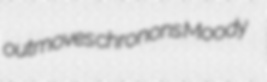
outmoves chronons Moody